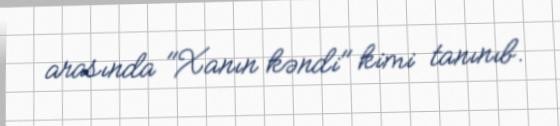
arasında "Xanın kəndi" kimi tanınıb.